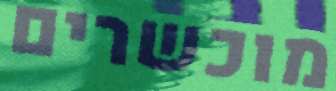
מוכשרים